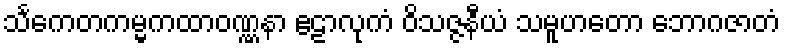
သင်္ကေတကမ္မကထာဝဏ္ဏနာ ဧဠာလုကံ ဝိသဇ္ဇနီယံ သမူဟတော ဘောဂဇာတံ